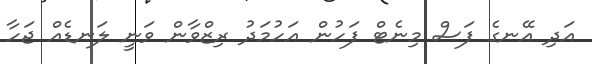
އަދި އޭނގެ ފަސް މިނެޓް ފަހުން އަހުމަދު ރިޒްވާން ވަނީ ލަނޑެއް ޖަހާ